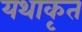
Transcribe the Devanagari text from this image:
यथाकृत